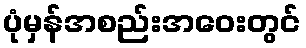
ပုံမှန်အစည်းအဝေးတွင်